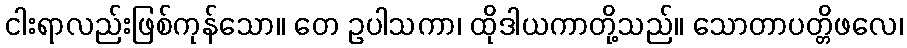
ငါးရာလည်းဖြစ်ကုန်သော။ တေ ဥပါသကာ၊ ထိုဒါယကာတို့သည်။ သောတာပတ္တိဖလေ၊